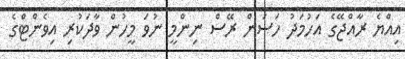
އިއްޔެ ރާއްޖޭގެ އަހުމަދު ހަސަން ރޭސް ނިންމީ ނުވަ މީހުން ވާދަކުރި އިވެންޓްގެ